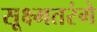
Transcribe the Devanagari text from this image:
सूक्ष्मतरंगे